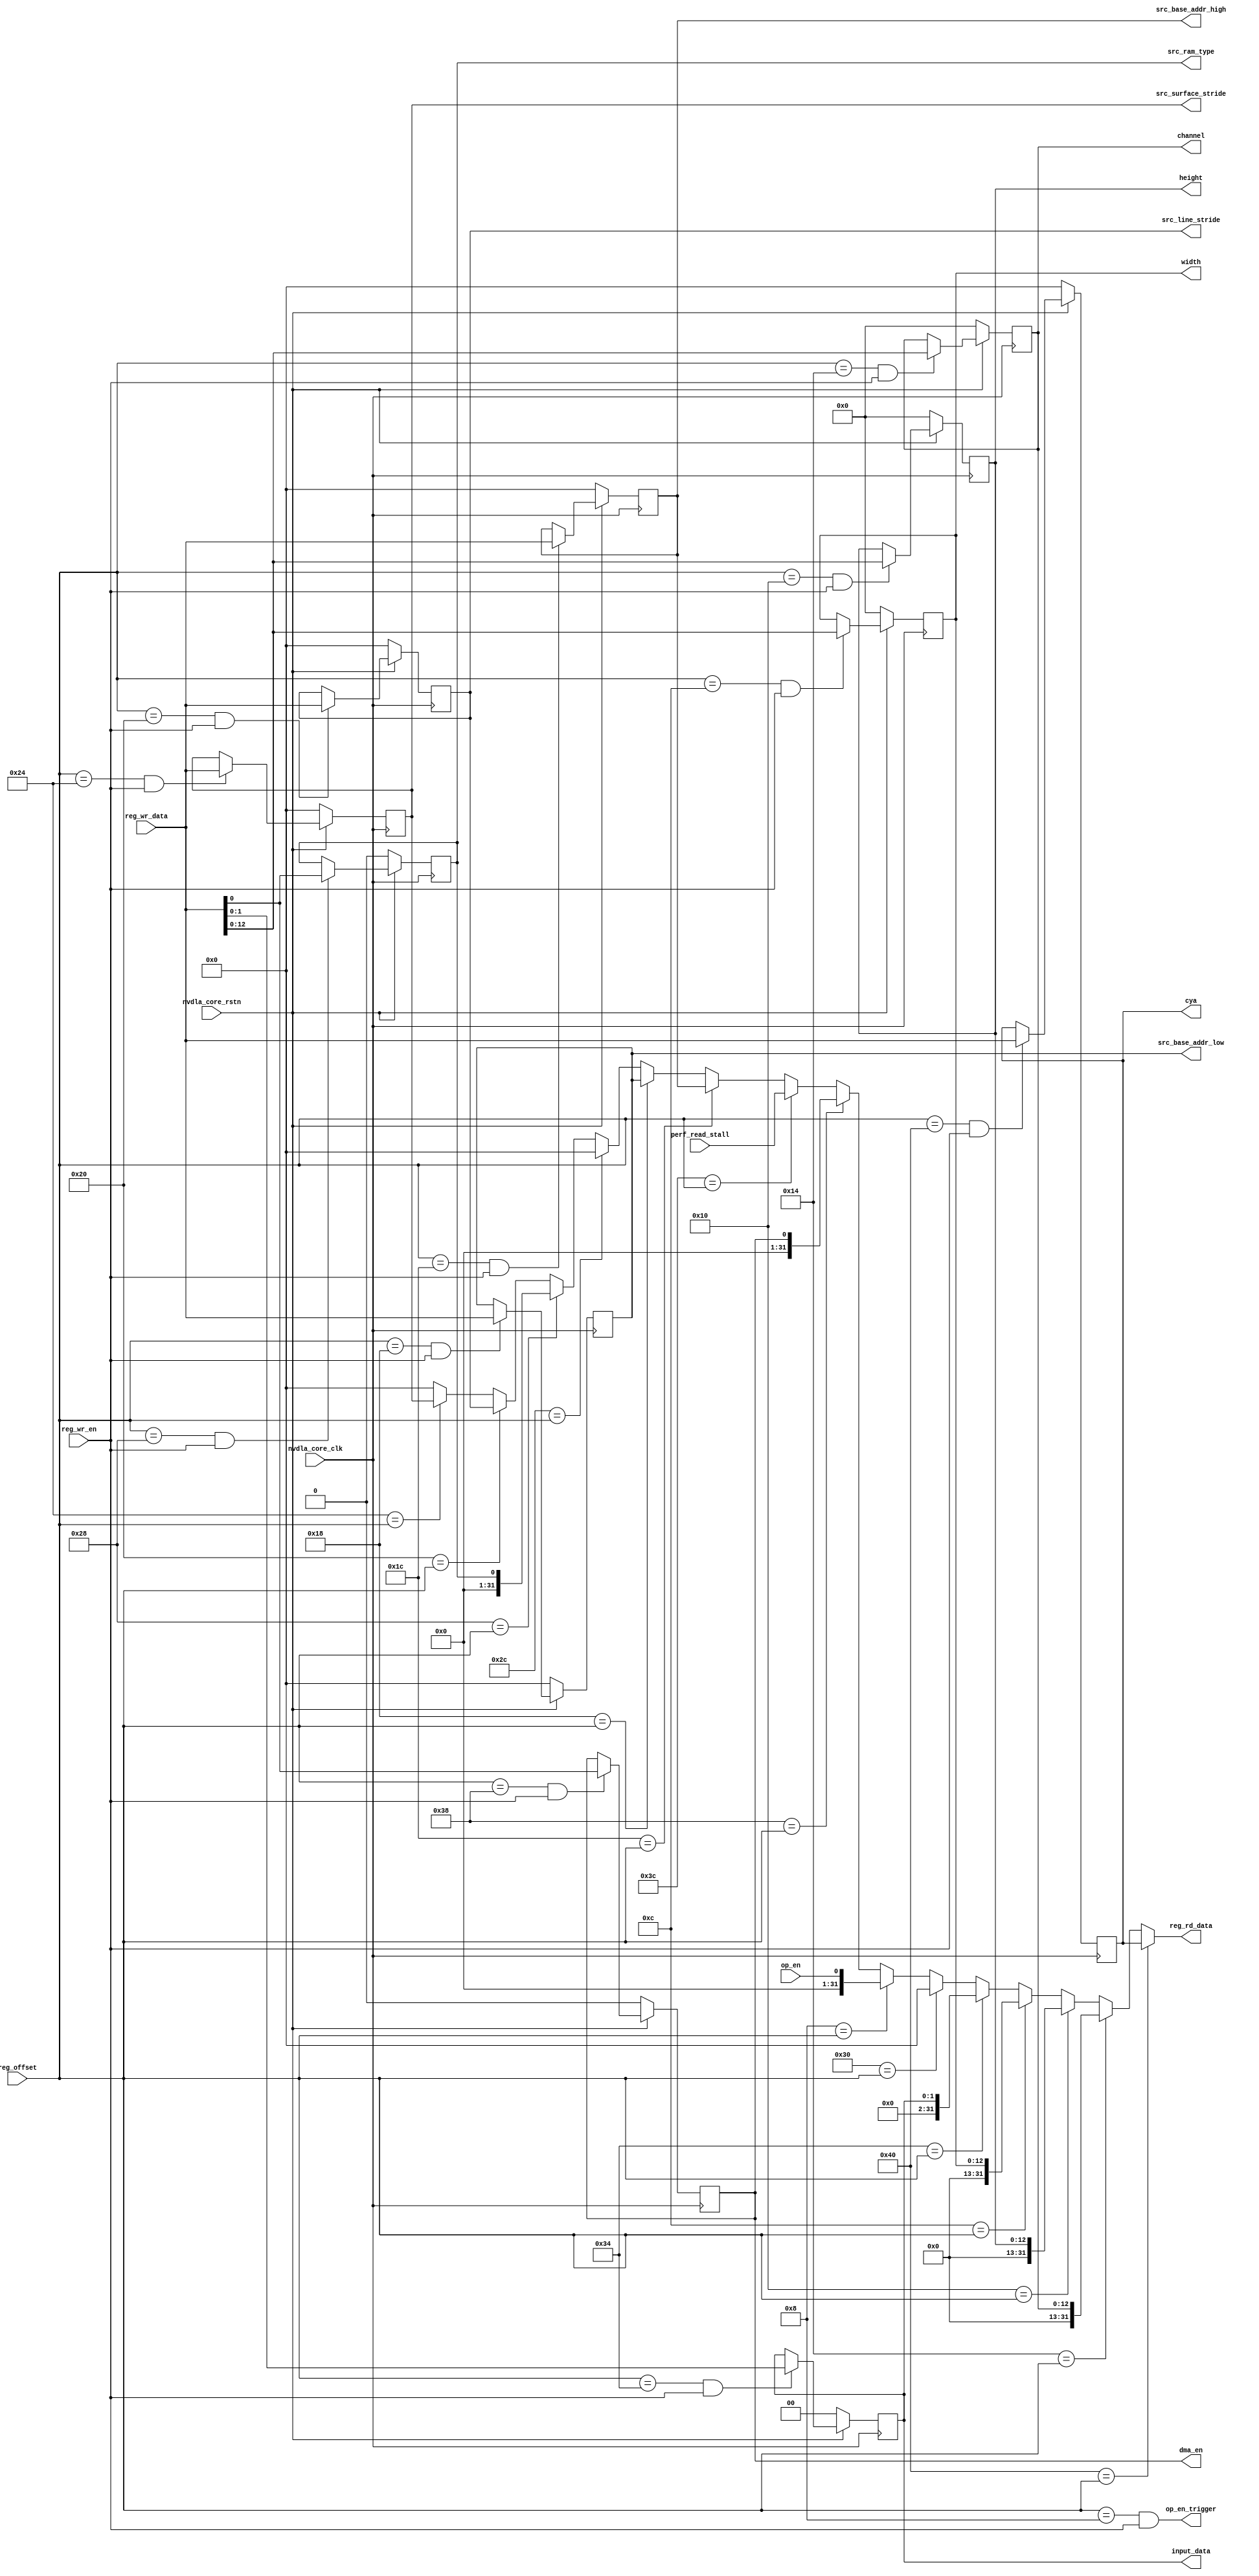
module NV_soDLA_CDP_RDMA_REG_dual( // @[:@3.2]
  input         nvdla_core_clk, // @[:@6.4]
  input         nvdla_core_rstn,
  output [31:0] reg_rd_data, // @[:@6.4]
  input  [11:0] reg_offset, // @[:@6.4]
  input  [31:0] reg_wr_data, // @[:@6.4]
  input         reg_wr_en, // @[:@6.4]
  output [31:0] cya, // @[:@6.4]
  output [12:0] channel, // @[:@6.4]
  output [12:0] height, // @[:@6.4]
  output [12:0] width, // @[:@6.4]
  output [1:0]  input_data, // @[:@6.4]
  output        dma_en, // @[:@6.4]
  output [31:0] src_base_addr_high, // @[:@6.4]
  output [31:0] src_base_addr_low, // @[:@6.4]
  output        src_ram_type, // @[:@6.4]
  output [31:0] src_line_stride, // @[:@6.4]
  output [31:0] src_surface_stride, // @[:@6.4]
  output        op_en_trigger, // @[:@6.4]
  input         op_en, // @[:@6.4]
  input  [31:0] perf_read_stall // @[:@6.4]
);
  wire [31:0] _GEN_11; // @[NV_NVDLA_CDP_RDMA_REG_dual.scala 49:54:@8.4]
  wire  _T_44; // @[NV_NVDLA_CDP_RDMA_REG_dual.scala 49:54:@8.4]
  wire  nvdla_cdp_rdma_d_cya_0_wren; // @[NV_NVDLA_CDP_RDMA_REG_dual.scala 49:78:@9.4]
  wire  _T_46; // @[NV_NVDLA_CDP_RDMA_REG_dual.scala 50:68:@10.4]
  wire  nvdla_cdp_rdma_d_data_cube_channel_0_wren; // @[NV_NVDLA_CDP_RDMA_REG_dual.scala 50:92:@11.4]
  wire  _T_48; // @[NV_NVDLA_CDP_RDMA_REG_dual.scala 51:67:@12.4]
  wire  nvdla_cdp_rdma_d_data_cube_height_0_wren; // @[NV_NVDLA_CDP_RDMA_REG_dual.scala 51:91:@13.4]
  wire  _T_50; // @[NV_NVDLA_CDP_RDMA_REG_dual.scala 52:66:@14.4]
  wire  nvdla_cdp_rdma_d_data_cube_width_0_wren; // @[NV_NVDLA_CDP_RDMA_REG_dual.scala 52:90:@15.4]
  wire  _T_52; // @[NV_NVDLA_CDP_RDMA_REG_dual.scala 53:62:@16.4]
  wire  nvdla_cdp_rdma_d_data_format_0_wren; // @[NV_NVDLA_CDP_RDMA_REG_dual.scala 53:86:@17.4]
  wire  _T_56; // @[NV_NVDLA_CDP_RDMA_REG_dual.scala 55:60:@20.4]
  wire  _T_58; // @[NV_NVDLA_CDP_RDMA_REG_dual.scala 56:62:@22.4]
  wire  nvdla_cdp_rdma_d_perf_enable_0_wren; // @[NV_NVDLA_CDP_RDMA_REG_dual.scala 56:86:@23.4]
  wire  _T_62; // @[NV_NVDLA_CDP_RDMA_REG_dual.scala 58:69:@26.4]
  wire  nvdla_cdp_rdma_d_src_base_addr_high_0_wren; // @[NV_NVDLA_CDP_RDMA_REG_dual.scala 58:93:@27.4]
  wire  _T_64; // @[NV_NVDLA_CDP_RDMA_REG_dual.scala 59:68:@28.4]
  wire  nvdla_cdp_rdma_d_src_base_addr_low_0_wren; // @[NV_NVDLA_CDP_RDMA_REG_dual.scala 59:92:@29.4]
  wire  _T_68; // @[NV_NVDLA_CDP_RDMA_REG_dual.scala 61:62:@32.4]
  wire  nvdla_cdp_rdma_d_src_dma_cfg_0_wren; // @[NV_NVDLA_CDP_RDMA_REG_dual.scala 61:86:@33.4]
  wire  _T_70; // @[NV_NVDLA_CDP_RDMA_REG_dual.scala 62:66:@34.4]
  wire  nvdla_cdp_rdma_d_src_line_stride_0_wren; // @[NV_NVDLA_CDP_RDMA_REG_dual.scala 62:90:@35.4]
  wire  _T_72; // @[NV_NVDLA_CDP_RDMA_REG_dual.scala 63:69:@36.4]
  wire  nvdla_cdp_rdma_d_src_surface_stride_0_wren; // @[NV_NVDLA_CDP_RDMA_REG_dual.scala 63:93:@37.4]
  wire [31:0] _T_77; // @[Cat.scala 30:58:@39.4]
  wire [31:0] _T_80; // @[Cat.scala 30:58:@40.4]
  wire [31:0] _T_83; // @[Cat.scala 30:58:@41.4]
  wire [31:0] _T_86; // @[Cat.scala 30:58:@42.4]
  wire [31:0] _T_92; // @[Cat.scala 30:58:@44.4]
  wire [31:0] _T_95; // @[Cat.scala 30:58:@45.4]
  wire [31:0] _T_104; // @[Cat.scala 30:58:@47.4]
  wire  _T_107; // @[Mux.scala 46:19:@48.4]
  wire [31:0] _T_108; // @[Mux.scala 46:16:@49.4]
  wire  _T_109; // @[Mux.scala 46:19:@50.4]
  wire [31:0] _T_110; // @[Mux.scala 46:16:@51.4]
  wire  _T_111; // @[Mux.scala 46:19:@52.4]
  wire [31:0] _T_112; // @[Mux.scala 46:16:@53.4]
  wire  _T_113; // @[Mux.scala 46:19:@54.4]
  wire [31:0] _T_114; // @[Mux.scala 46:16:@55.4]
  wire  _T_115; // @[Mux.scala 46:19:@56.4]
  wire [31:0] _T_116; // @[Mux.scala 46:16:@57.4]
  wire  _T_117; // @[Mux.scala 46:19:@58.4]
  wire [31:0] _T_118; // @[Mux.scala 46:16:@59.4]
  wire  _T_119; // @[Mux.scala 46:19:@60.4]
  wire [31:0] _T_120; // @[Mux.scala 46:16:@61.4]
  wire  _T_121; // @[Mux.scala 46:19:@62.4]
  wire [31:0] _T_122; // @[Mux.scala 46:16:@63.4]
  wire  _T_123; // @[Mux.scala 46:19:@64.4]
  wire [31:0] _T_124; // @[Mux.scala 46:16:@65.4]
  wire  _T_125; // @[Mux.scala 46:19:@66.4]
  wire [31:0] _T_126; // @[Mux.scala 46:16:@67.4]
  wire  _T_127; // @[Mux.scala 46:19:@68.4]
  wire [31:0] _T_128; // @[Mux.scala 46:16:@69.4]
  wire  _T_129; // @[Mux.scala 46:19:@70.4]
  wire [31:0] _T_130; // @[Mux.scala 46:16:@71.4]
  wire  _T_131; // @[Mux.scala 46:19:@72.4]
  wire [31:0] _T_132; // @[Mux.scala 46:16:@73.4]
  wire  _T_133; // @[Mux.scala 46:19:@74.4]
  wire [31:0] _T_134; // @[Mux.scala 46:16:@75.4]
  wire  _T_135; // @[Mux.scala 46:19:@76.4]
  reg [31:0] _T_140; // @[Reg.scala 19:20:@80.4]
  reg [31:0] _RAND_0;
  wire [31:0] _GEN_0; // @[Reg.scala 20:19:@81.4]
  wire [12:0] _T_141; // @[NV_NVDLA_CDP_RDMA_REG_dual.scala 111:49:@85.4]
  reg [12:0] _T_144; // @[Reg.scala 19:20:@86.4]
  reg [31:0] _RAND_1;
  wire [12:0] _GEN_1; // @[Reg.scala 20:19:@87.4]
  reg [12:0] _T_148; // @[Reg.scala 19:20:@92.4]
  reg [31:0] _RAND_2;
  wire [12:0] _GEN_2; // @[Reg.scala 20:19:@93.4]
  reg [12:0] _T_152; // @[Reg.scala 19:20:@98.4]
  reg [31:0] _RAND_3;
  wire [12:0] _GEN_3; // @[Reg.scala 20:19:@99.4]
  wire [1:0] _T_153; // @[NV_NVDLA_CDP_RDMA_REG_dual.scala 117:52:@103.4]
  reg [1:0] _T_156; // @[Reg.scala 19:20:@104.4]
  reg [31:0] _RAND_4;
  wire [1:0] _GEN_4; // @[Reg.scala 20:19:@105.4]
  wire  _T_157; // @[NV_NVDLA_CDP_RDMA_REG_dual.scala 119:48:@109.4]
  reg  _T_160; // @[Reg.scala 19:20:@110.4]
  reg [31:0] _RAND_5;
  wire  _GEN_5; // @[Reg.scala 20:19:@111.4]
  reg [31:0] _T_164; // @[Reg.scala 19:20:@116.4]
  reg [31:0] _RAND_6;
  wire [31:0] _GEN_6; // @[Reg.scala 20:19:@117.4]
  reg [31:0] _T_168; // @[Reg.scala 19:20:@122.4]
  reg [31:0] _RAND_7;
  wire [31:0] _GEN_7; // @[Reg.scala 20:19:@123.4]
  reg  _T_172; // @[Reg.scala 19:20:@128.4]
  reg [31:0] _RAND_8;
  wire  _GEN_8; // @[Reg.scala 20:19:@129.4]
  reg [31:0] _T_176; // @[Reg.scala 19:20:@134.4]
  reg [31:0] _RAND_9;
  wire [31:0] _GEN_9; // @[Reg.scala 20:19:@135.4]
  reg [31:0] _T_180; // @[Reg.scala 19:20:@140.4]
  reg [31:0] _RAND_10;
  wire [31:0] _GEN_10; // @[Reg.scala 20:19:@141.4]
  assign _GEN_11 = {{20'd0}, reg_offset}; // @[NV_NVDLA_CDP_RDMA_REG_dual.scala 49:54:@8.4]
  assign _T_44 = _GEN_11 == 32'h40; // @[NV_NVDLA_CDP_RDMA_REG_dual.scala 49:54:@8.4]
  assign nvdla_cdp_rdma_d_cya_0_wren = _T_44 & reg_wr_en; // @[NV_NVDLA_CDP_RDMA_REG_dual.scala 49:78:@9.4]
  assign _T_46 = _GEN_11 == 32'h14; // @[NV_NVDLA_CDP_RDMA_REG_dual.scala 50:68:@10.4]
  assign nvdla_cdp_rdma_d_data_cube_channel_0_wren = _T_46 & reg_wr_en; // @[NV_NVDLA_CDP_RDMA_REG_dual.scala 50:92:@11.4]
  assign _T_48 = _GEN_11 == 32'h10; // @[NV_NVDLA_CDP_RDMA_REG_dual.scala 51:67:@12.4]
  assign nvdla_cdp_rdma_d_data_cube_height_0_wren = _T_48 & reg_wr_en; // @[NV_NVDLA_CDP_RDMA_REG_dual.scala 51:91:@13.4]
  assign _T_50 = _GEN_11 == 32'hc; // @[NV_NVDLA_CDP_RDMA_REG_dual.scala 52:66:@14.4]
  assign nvdla_cdp_rdma_d_data_cube_width_0_wren = _T_50 & reg_wr_en; // @[NV_NVDLA_CDP_RDMA_REG_dual.scala 52:90:@15.4]
  assign _T_52 = _GEN_11 == 32'h34; // @[NV_NVDLA_CDP_RDMA_REG_dual.scala 53:62:@16.4]
  assign nvdla_cdp_rdma_d_data_format_0_wren = _T_52 & reg_wr_en; // @[NV_NVDLA_CDP_RDMA_REG_dual.scala 53:86:@17.4]
  assign _T_56 = _GEN_11 == 32'h8; // @[NV_NVDLA_CDP_RDMA_REG_dual.scala 55:60:@20.4]
  assign _T_58 = _GEN_11 == 32'h38; // @[NV_NVDLA_CDP_RDMA_REG_dual.scala 56:62:@22.4]
  assign nvdla_cdp_rdma_d_perf_enable_0_wren = _T_58 & reg_wr_en; // @[NV_NVDLA_CDP_RDMA_REG_dual.scala 56:86:@23.4]
  assign _T_62 = _GEN_11 == 32'h1c; // @[NV_NVDLA_CDP_RDMA_REG_dual.scala 58:69:@26.4]
  assign nvdla_cdp_rdma_d_src_base_addr_high_0_wren = _T_62 & reg_wr_en; // @[NV_NVDLA_CDP_RDMA_REG_dual.scala 58:93:@27.4]
  assign _T_64 = _GEN_11 == 32'h18; // @[NV_NVDLA_CDP_RDMA_REG_dual.scala 59:68:@28.4]
  assign nvdla_cdp_rdma_d_src_base_addr_low_0_wren = _T_64 & reg_wr_en; // @[NV_NVDLA_CDP_RDMA_REG_dual.scala 59:92:@29.4]
  assign _T_68 = _GEN_11 == 32'h28; // @[NV_NVDLA_CDP_RDMA_REG_dual.scala 61:62:@32.4]
  assign nvdla_cdp_rdma_d_src_dma_cfg_0_wren = _T_68 & reg_wr_en; // @[NV_NVDLA_CDP_RDMA_REG_dual.scala 61:86:@33.4]
  assign _T_70 = _GEN_11 == 32'h20; // @[NV_NVDLA_CDP_RDMA_REG_dual.scala 62:66:@34.4]
  assign nvdla_cdp_rdma_d_src_line_stride_0_wren = _T_70 & reg_wr_en; // @[NV_NVDLA_CDP_RDMA_REG_dual.scala 62:90:@35.4]
  assign _T_72 = _GEN_11 == 32'h24; // @[NV_NVDLA_CDP_RDMA_REG_dual.scala 63:69:@36.4]
  assign nvdla_cdp_rdma_d_src_surface_stride_0_wren = _T_72 & reg_wr_en; // @[NV_NVDLA_CDP_RDMA_REG_dual.scala 63:93:@37.4]
  assign _T_77 = {19'h0,channel}; // @[Cat.scala 30:58:@39.4]
  assign _T_80 = {19'h0,height}; // @[Cat.scala 30:58:@40.4]
  assign _T_83 = {19'h0,width}; // @[Cat.scala 30:58:@41.4]
  assign _T_86 = {30'h0,input_data}; // @[Cat.scala 30:58:@42.4]
  assign _T_92 = {31'h0,op_en}; // @[Cat.scala 30:58:@44.4]
  assign _T_95 = {31'h0,dma_en}; // @[Cat.scala 30:58:@45.4]
  assign _T_104 = {31'h0,src_ram_type}; // @[Cat.scala 30:58:@47.4]
  assign _T_107 = 32'h24 == _GEN_11; // @[Mux.scala 46:19:@48.4]
  assign _T_108 = _T_107 ? src_surface_stride : 32'h0; // @[Mux.scala 46:16:@49.4]
  assign _T_109 = 32'h20 == _GEN_11; // @[Mux.scala 46:19:@50.4]
  assign _T_110 = _T_109 ? src_line_stride : _T_108; // @[Mux.scala 46:16:@51.4]
  assign _T_111 = 32'h28 == _GEN_11; // @[Mux.scala 46:19:@52.4]
  assign _T_112 = _T_111 ? _T_104 : _T_110; // @[Mux.scala 46:16:@53.4]
  assign _T_113 = 32'h2c == _GEN_11; // @[Mux.scala 46:19:@54.4]
  assign _T_114 = _T_113 ? 32'h0 : _T_112; // @[Mux.scala 46:16:@55.4]
  assign _T_115 = 32'h18 == _GEN_11; // @[Mux.scala 46:19:@56.4]
  assign _T_116 = _T_115 ? src_base_addr_low : _T_114; // @[Mux.scala 46:16:@57.4]
  assign _T_117 = 32'h1c == _GEN_11; // @[Mux.scala 46:19:@58.4]
  assign _T_118 = _T_117 ? src_base_addr_high : _T_116; // @[Mux.scala 46:16:@59.4]
  assign _T_119 = 32'h3c == _GEN_11; // @[Mux.scala 46:19:@60.4]
  assign _T_120 = _T_119 ? perf_read_stall : _T_118; // @[Mux.scala 46:16:@61.4]
  assign _T_121 = 32'h38 == _GEN_11; // @[Mux.scala 46:19:@62.4]
  assign _T_122 = _T_121 ? _T_95 : _T_120; // @[Mux.scala 46:16:@63.4]
  assign _T_123 = 32'h8 == _GEN_11; // @[Mux.scala 46:19:@64.4]
  assign _T_124 = _T_123 ? _T_92 : _T_122; // @[Mux.scala 46:16:@65.4]
  assign _T_125 = 32'h30 == _GEN_11; // @[Mux.scala 46:19:@66.4]
  assign _T_126 = _T_125 ? 32'h0 : _T_124; // @[Mux.scala 46:16:@67.4]
  assign _T_127 = 32'h34 == _GEN_11; // @[Mux.scala 46:19:@68.4]
  assign _T_128 = _T_127 ? _T_86 : _T_126; // @[Mux.scala 46:16:@69.4]
  assign _T_129 = 32'hc == _GEN_11; // @[Mux.scala 46:19:@70.4]
  assign _T_130 = _T_129 ? _T_83 : _T_128; // @[Mux.scala 46:16:@71.4]
  assign _T_131 = 32'h10 == _GEN_11; // @[Mux.scala 46:19:@72.4]
  assign _T_132 = _T_131 ? _T_80 : _T_130; // @[Mux.scala 46:16:@73.4]
  assign _T_133 = 32'h14 == _GEN_11; // @[Mux.scala 46:19:@74.4]
  assign _T_134 = _T_133 ? _T_77 : _T_132; // @[Mux.scala 46:16:@75.4]
  assign _T_135 = 32'h40 == _GEN_11; // @[Mux.scala 46:19:@76.4]
  assign _GEN_0 = nvdla_cdp_rdma_d_cya_0_wren ? reg_wr_data : _T_140; // @[Reg.scala 20:19:@81.4]
  assign _T_141 = reg_wr_data[12:0]; // @[NV_NVDLA_CDP_RDMA_REG_dual.scala 111:49:@85.4]
  assign _GEN_1 = nvdla_cdp_rdma_d_data_cube_channel_0_wren ? _T_141 : _T_144; // @[Reg.scala 20:19:@87.4]
  assign _GEN_2 = nvdla_cdp_rdma_d_data_cube_height_0_wren ? _T_141 : _T_148; // @[Reg.scala 20:19:@93.4]
  assign _GEN_3 = nvdla_cdp_rdma_d_data_cube_width_0_wren ? _T_141 : _T_152; // @[Reg.scala 20:19:@99.4]
  assign _T_153 = reg_wr_data[1:0]; // @[NV_NVDLA_CDP_RDMA_REG_dual.scala 117:52:@103.4]
  assign _GEN_4 = nvdla_cdp_rdma_d_data_format_0_wren ? _T_153 : _T_156; // @[Reg.scala 20:19:@105.4]
  assign _T_157 = reg_wr_data[0]; // @[NV_NVDLA_CDP_RDMA_REG_dual.scala 119:48:@109.4]
  assign _GEN_5 = nvdla_cdp_rdma_d_perf_enable_0_wren ? _T_157 : _T_160; // @[Reg.scala 20:19:@111.4]
  assign _GEN_6 = nvdla_cdp_rdma_d_src_base_addr_high_0_wren ? reg_wr_data : _T_164; // @[Reg.scala 20:19:@117.4]
  assign _GEN_7 = nvdla_cdp_rdma_d_src_base_addr_low_0_wren ? reg_wr_data : _T_168; // @[Reg.scala 20:19:@123.4]
  assign _GEN_8 = nvdla_cdp_rdma_d_src_dma_cfg_0_wren ? _T_157 : _T_172; // @[Reg.scala 20:19:@129.4]
  assign _GEN_9 = nvdla_cdp_rdma_d_src_line_stride_0_wren ? reg_wr_data : _T_176; // @[Reg.scala 20:19:@135.4]
  assign _GEN_10 = nvdla_cdp_rdma_d_src_surface_stride_0_wren ? reg_wr_data : _T_180; // @[Reg.scala 20:19:@141.4]
  assign reg_rd_data = _T_135 ? cya : _T_134; // @[NV_NVDLA_CDP_RDMA_REG_dual.scala 72:20:@78.4]
  assign cya = _T_140; // @[NV_NVDLA_CDP_RDMA_REG_dual.scala 109:18:@84.4]
  assign channel = _T_144; // @[NV_NVDLA_CDP_RDMA_REG_dual.scala 111:22:@90.4]
  assign height = _T_148; // @[NV_NVDLA_CDP_RDMA_REG_dual.scala 113:21:@96.4]
  assign width = _T_152; // @[NV_NVDLA_CDP_RDMA_REG_dual.scala 115:24:@102.4]
  assign input_data = _T_156; // @[NV_NVDLA_CDP_RDMA_REG_dual.scala 117:25:@108.4]
  assign dma_en = _T_160; // @[NV_NVDLA_CDP_RDMA_REG_dual.scala 119:21:@114.4]
  assign src_base_addr_high = _T_164; // @[NV_NVDLA_CDP_RDMA_REG_dual.scala 121:33:@120.4]
  assign src_base_addr_low = _T_168; // @[NV_NVDLA_CDP_RDMA_REG_dual.scala 123:32:@126.4]
  assign src_ram_type = _T_172; // @[NV_NVDLA_CDP_RDMA_REG_dual.scala 125:27:@132.4]
  assign src_line_stride = _T_176; // @[NV_NVDLA_CDP_RDMA_REG_dual.scala 127:30:@138.4]
  assign src_surface_stride = _T_180; // @[NV_NVDLA_CDP_RDMA_REG_dual.scala 129:33:@144.4]
  assign op_en_trigger = _T_56 & reg_wr_en; // @[NV_NVDLA_CDP_RDMA_REG_dual.scala 68:22:@38.4]
`ifdef RANDOMIZE_GARBAGE_ASSIGN
`define RANDOMIZE
`endif
`ifdef RANDOMIZE_INVALID_ASSIGN
`define RANDOMIZE
`endif
`ifdef RANDOMIZE_REG_INIT
`define RANDOMIZE
`endif
`ifdef RANDOMIZE_MEM_INIT
`define RANDOMIZE
`endif
`ifndef RANDOM
`define RANDOM $random
`endif
`ifdef RANDOMIZE
  integer initvar;
  initial begin
    `ifdef INIT_RANDOM
      `INIT_RANDOM
    `endif
    `ifndef VERILATOR
      #0.002 begin end
    `endif
  `ifdef RANDOMIZE_REG_INIT
  _RAND_0 = {1{`RANDOM}};
  _T_140 = _RAND_0[31:0];
  `endif // RANDOMIZE_REG_INIT
  `ifdef RANDOMIZE_REG_INIT
  _RAND_1 = {1{`RANDOM}};
  _T_144 = _RAND_1[12:0];
  `endif // RANDOMIZE_REG_INIT
  `ifdef RANDOMIZE_REG_INIT
  _RAND_2 = {1{`RANDOM}};
  _T_148 = _RAND_2[12:0];
  `endif // RANDOMIZE_REG_INIT
  `ifdef RANDOMIZE_REG_INIT
  _RAND_3 = {1{`RANDOM}};
  _T_152 = _RAND_3[12:0];
  `endif // RANDOMIZE_REG_INIT
  `ifdef RANDOMIZE_REG_INIT
  _RAND_4 = {1{`RANDOM}};
  _T_156 = _RAND_4[1:0];
  `endif // RANDOMIZE_REG_INIT
  `ifdef RANDOMIZE_REG_INIT
  _RAND_5 = {1{`RANDOM}};
  _T_160 = _RAND_5[0:0];
  `endif // RANDOMIZE_REG_INIT
  `ifdef RANDOMIZE_REG_INIT
  _RAND_6 = {1{`RANDOM}};
  _T_164 = _RAND_6[31:0];
  `endif // RANDOMIZE_REG_INIT
  `ifdef RANDOMIZE_REG_INIT
  _RAND_7 = {1{`RANDOM}};
  _T_168 = _RAND_7[31:0];
  `endif // RANDOMIZE_REG_INIT
  `ifdef RANDOMIZE_REG_INIT
  _RAND_8 = {1{`RANDOM}};
  _T_172 = _RAND_8[0:0];
  `endif // RANDOMIZE_REG_INIT
  `ifdef RANDOMIZE_REG_INIT
  _RAND_9 = {1{`RANDOM}};
  _T_176 = _RAND_9[31:0];
  `endif // RANDOMIZE_REG_INIT
  `ifdef RANDOMIZE_REG_INIT
  _RAND_10 = {1{`RANDOM}};
  _T_180 = _RAND_10[31:0];
  `endif // RANDOMIZE_REG_INIT
  end
`endif // RANDOMIZE
  always @(posedge nvdla_core_clk) begin
    if (!nvdla_core_rstn) begin
      _T_140 <= 32'h0;
    end else begin
      if (nvdla_cdp_rdma_d_cya_0_wren) begin
        _T_140 <= reg_wr_data;
      end
    end
    if (!nvdla_core_rstn) begin
      _T_144 <= 13'h0;
    end else begin
      if (nvdla_cdp_rdma_d_data_cube_channel_0_wren) begin
        _T_144 <= _T_141;
      end
    end
    if (!nvdla_core_rstn) begin
      _T_148 <= 13'h0;
    end else begin
      if (nvdla_cdp_rdma_d_data_cube_height_0_wren) begin
        _T_148 <= _T_141;
      end
    end
    if (!nvdla_core_rstn) begin
      _T_152 <= 13'h0;
    end else begin
      if (nvdla_cdp_rdma_d_data_cube_width_0_wren) begin
        _T_152 <= _T_141;
      end
    end
    if (!nvdla_core_rstn) begin
      _T_156 <= 2'h0;
    end else begin
      if (nvdla_cdp_rdma_d_data_format_0_wren) begin
        _T_156 <= _T_153;
      end
    end
    if (!nvdla_core_rstn) begin
      _T_160 <= 1'h0;
    end else begin
      if (nvdla_cdp_rdma_d_perf_enable_0_wren) begin
        _T_160 <= _T_157;
      end
    end
    if (!nvdla_core_rstn) begin
      _T_164 <= 32'h0;
    end else begin
      if (nvdla_cdp_rdma_d_src_base_addr_high_0_wren) begin
        _T_164 <= reg_wr_data;
      end
    end
    if (!nvdla_core_rstn) begin
      _T_168 <= 32'h0;
    end else begin
      if (nvdla_cdp_rdma_d_src_base_addr_low_0_wren) begin
        _T_168 <= reg_wr_data;
      end
    end
    if (!nvdla_core_rstn) begin
      _T_172 <= 1'h0;
    end else begin
      if (nvdla_cdp_rdma_d_src_dma_cfg_0_wren) begin
        _T_172 <= _T_157;
      end
    end
    if (!nvdla_core_rstn) begin
      _T_176 <= 32'h0;
    end else begin
      if (nvdla_cdp_rdma_d_src_line_stride_0_wren) begin
        _T_176 <= reg_wr_data;
      end
    end
    if (!nvdla_core_rstn) begin
      _T_180 <= 32'h0;
    end else begin
      if (nvdla_cdp_rdma_d_src_surface_stride_0_wren) begin
        _T_180 <= reg_wr_data;
      end
    end
  end
endmodule

// ================================================================
// NVDLA Open Source Project
//
// Copyright(c) 2016 - 2017 NVIDIA Corporation. Licensed under the
// NVDLA Open Hardware License; Check "LICENSE" which comes with
// this distribution for more information.
// ================================================================
module NV_NVDLA_CDP_RDMA_REG_dual (
   reg_rd_data
  ,reg_offset
// verilint 498 off
// leda UNUSED_DEC off
  ,reg_wr_data
// verilint 498 on
// leda UNUSED_DEC on
  ,reg_wr_en
  ,nvdla_core_clk
  ,nvdla_core_rstn
  ,cya
  ,channel
  ,height
  ,width
  ,input_data
  ,op_en_trigger
  ,dma_en
  ,src_base_addr_high
  ,src_base_addr_low
  ,src_ram_type
  ,src_line_stride
  ,src_surface_stride
  ,op_en
  ,perf_read_stall
  );
wire [31:0] nvdla_cdp_rdma_d_cya_0_out;
wire [31:0] nvdla_cdp_rdma_d_data_cube_channel_0_out;
wire [31:0] nvdla_cdp_rdma_d_data_cube_height_0_out;
wire [31:0] nvdla_cdp_rdma_d_data_cube_width_0_out;
wire [31:0] nvdla_cdp_rdma_d_data_format_0_out;
wire [31:0] nvdla_cdp_rdma_d_op_enable_0_out;
wire [31:0] nvdla_cdp_rdma_d_operation_mode_0_out;
wire [31:0] nvdla_cdp_rdma_d_perf_enable_0_out;
wire [31:0] nvdla_cdp_rdma_d_perf_read_stall_0_out;
wire [31:0] nvdla_cdp_rdma_d_src_base_addr_high_0_out;
wire [31:0] nvdla_cdp_rdma_d_src_base_addr_low_0_out;
wire [31:0] nvdla_cdp_rdma_d_src_compression_en_0_out;
wire [31:0] nvdla_cdp_rdma_d_src_dma_cfg_0_out;
wire [31:0] nvdla_cdp_rdma_d_src_line_stride_0_out;
wire [31:0] nvdla_cdp_rdma_d_src_surface_stride_0_out;
wire [1:0] operation_mode;
wire [11:0] reg_offset_rd_int;
wire [31:0] reg_offset_wr;
wire src_compression_en;
// Register control interface
output [31:0] reg_rd_data;
input [11:0] reg_offset;
input [31:0] reg_wr_data; //(UNUSED_DEC)
input reg_wr_en;
input nvdla_core_clk;
input nvdla_core_rstn;
// Writable register flop/trigger outputs
output [31:0] cya;
output [12:0] channel;
output [12:0] height;
output [12:0] width;
output [1:0] input_data;
output op_en_trigger;
output dma_en;
output [31:0] src_base_addr_high;
output [31:0] src_base_addr_low;
output src_ram_type;
output [31:0] src_line_stride;
output [31:0] src_surface_stride;
// Read-only register inputs
input op_en;
input [31:0] perf_read_stall;
// wr_mask register inputs
// rstn register inputs
// leda FM_2_23 off
reg arreggen_abort_on_invalid_wr;
reg arreggen_abort_on_rowr;
reg arreggen_dump;
// leda FM_2_23 on
reg [12:0] channel;
reg [31:0] cya;
reg dma_en;
reg [12:0] height;
reg [1:0] input_data;
reg [31:0] reg_rd_data;
reg [31:0] src_base_addr_high;
reg [31:0] src_base_addr_low;
reg [31:0] src_line_stride;
reg src_ram_type;
reg [31:0] src_surface_stride;
reg [12:0] width;
assign reg_offset_wr = {20'b0 , reg_offset};
// SCR signals
// Address decode
wire nvdla_cdp_rdma_d_cya_0_wren = (reg_offset_wr == (32'he040 & 32'h00000fff)) & reg_wr_en ; //spyglass disable UnloadedNet-ML //(W528)
wire nvdla_cdp_rdma_d_data_cube_channel_0_wren = (reg_offset_wr == (32'he014 & 32'h00000fff)) & reg_wr_en ; //spyglass disable UnloadedNet-ML //(W528)
wire nvdla_cdp_rdma_d_data_cube_height_0_wren = (reg_offset_wr == (32'he010 & 32'h00000fff)) & reg_wr_en ; //spyglass disable UnloadedNet-ML //(W528)
wire nvdla_cdp_rdma_d_data_cube_width_0_wren = (reg_offset_wr == (32'he00c & 32'h00000fff)) & reg_wr_en ; //spyglass disable UnloadedNet-ML //(W528)
wire nvdla_cdp_rdma_d_data_format_0_wren = (reg_offset_wr == (32'he034 & 32'h00000fff)) & reg_wr_en ; //spyglass disable UnloadedNet-ML //(W528)
wire nvdla_cdp_rdma_d_operation_mode_0_wren = (reg_offset_wr == (32'he030 & 32'h00000fff)) & reg_wr_en ; //spyglass disable UnloadedNet-ML //(W528)
wire nvdla_cdp_rdma_d_op_enable_0_wren = (reg_offset_wr == (32'he008 & 32'h00000fff)) & reg_wr_en ; //spyglass disable UnloadedNet-ML //(W528)
wire nvdla_cdp_rdma_d_perf_enable_0_wren = (reg_offset_wr == (32'he038 & 32'h00000fff)) & reg_wr_en ; //spyglass disable UnloadedNet-ML //(W528)
wire nvdla_cdp_rdma_d_perf_read_stall_0_wren = (reg_offset_wr == (32'he03c & 32'h00000fff)) & reg_wr_en ; //spyglass disable UnloadedNet-ML //(W528)
wire nvdla_cdp_rdma_d_src_base_addr_high_0_wren = (reg_offset_wr == (32'he01c & 32'h00000fff)) & reg_wr_en ; //spyglass disable UnloadedNet-ML //(W528)
wire nvdla_cdp_rdma_d_src_base_addr_low_0_wren = (reg_offset_wr == (32'he018 & 32'h00000fff)) & reg_wr_en ; //spyglass disable UnloadedNet-ML //(W528)
wire nvdla_cdp_rdma_d_src_compression_en_0_wren = (reg_offset_wr == (32'he02c & 32'h00000fff)) & reg_wr_en ; //spyglass disable UnloadedNet-ML //(W528)
wire nvdla_cdp_rdma_d_src_dma_cfg_0_wren = (reg_offset_wr == (32'he028 & 32'h00000fff)) & reg_wr_en ; //spyglass disable UnloadedNet-ML //(W528)
wire nvdla_cdp_rdma_d_src_line_stride_0_wren = (reg_offset_wr == (32'he020 & 32'h00000fff)) & reg_wr_en ; //spyglass disable UnloadedNet-ML //(W528)
wire nvdla_cdp_rdma_d_src_surface_stride_0_wren = (reg_offset_wr == (32'he024 & 32'h00000fff)) & reg_wr_en ; //spyglass disable UnloadedNet-ML //(W528)
assign operation_mode = 2'h0;
assign src_compression_en = 1'h0;
assign nvdla_cdp_rdma_d_cya_0_out[31:0] = { cya };
assign nvdla_cdp_rdma_d_data_cube_channel_0_out[31:0] = { 19'b0, channel };
assign nvdla_cdp_rdma_d_data_cube_height_0_out[31:0] = { 19'b0, height };
assign nvdla_cdp_rdma_d_data_cube_width_0_out[31:0] = { 19'b0, width };
assign nvdla_cdp_rdma_d_data_format_0_out[31:0] = { 30'b0, input_data };
assign nvdla_cdp_rdma_d_operation_mode_0_out[31:0] = { 30'b0, operation_mode };
assign nvdla_cdp_rdma_d_op_enable_0_out[31:0] = { 31'b0, op_en };
assign nvdla_cdp_rdma_d_perf_enable_0_out[31:0] = { 31'b0, dma_en };
assign nvdla_cdp_rdma_d_perf_read_stall_0_out[31:0] = { perf_read_stall };
assign nvdla_cdp_rdma_d_src_base_addr_high_0_out[31:0] = { src_base_addr_high };
assign nvdla_cdp_rdma_d_src_base_addr_low_0_out[31:0] = { src_base_addr_low };
assign nvdla_cdp_rdma_d_src_compression_en_0_out[31:0] = { 31'b0, src_compression_en };
assign nvdla_cdp_rdma_d_src_dma_cfg_0_out[31:0] = { 31'b0, src_ram_type };
assign nvdla_cdp_rdma_d_src_line_stride_0_out[31:0] = { src_line_stride };
assign nvdla_cdp_rdma_d_src_surface_stride_0_out[31:0] = { src_surface_stride };
assign op_en_trigger = nvdla_cdp_rdma_d_op_enable_0_wren; //(W563)
assign reg_offset_rd_int = reg_offset;
// Output mux
//spyglass disable_block W338, W263
always @(
  reg_offset_rd_int
  or nvdla_cdp_rdma_d_cya_0_out
  or nvdla_cdp_rdma_d_data_cube_channel_0_out
  or nvdla_cdp_rdma_d_data_cube_height_0_out
  or nvdla_cdp_rdma_d_data_cube_width_0_out
  or nvdla_cdp_rdma_d_data_format_0_out
  or nvdla_cdp_rdma_d_operation_mode_0_out
  or nvdla_cdp_rdma_d_op_enable_0_out
  or nvdla_cdp_rdma_d_perf_enable_0_out
  or nvdla_cdp_rdma_d_perf_read_stall_0_out
  or nvdla_cdp_rdma_d_src_base_addr_high_0_out
  or nvdla_cdp_rdma_d_src_base_addr_low_0_out
  or nvdla_cdp_rdma_d_src_compression_en_0_out
  or nvdla_cdp_rdma_d_src_dma_cfg_0_out
  or nvdla_cdp_rdma_d_src_line_stride_0_out
  or nvdla_cdp_rdma_d_src_surface_stride_0_out
  ) begin
  case (reg_offset_rd_int)
     (32'he040 & 32'h00000fff): begin
                            reg_rd_data = nvdla_cdp_rdma_d_cya_0_out ;
                            end
     (32'he014 & 32'h00000fff): begin
                            reg_rd_data = nvdla_cdp_rdma_d_data_cube_channel_0_out ;
                            end
     (32'he010 & 32'h00000fff): begin
                            reg_rd_data = nvdla_cdp_rdma_d_data_cube_height_0_out ;
                            end
     (32'he00c & 32'h00000fff): begin
                            reg_rd_data = nvdla_cdp_rdma_d_data_cube_width_0_out ;
                            end
     (32'he034 & 32'h00000fff): begin
                            reg_rd_data = nvdla_cdp_rdma_d_data_format_0_out ;
                            end
     (32'he030 & 32'h00000fff): begin
                            reg_rd_data = nvdla_cdp_rdma_d_operation_mode_0_out ;
                            end
     (32'he008 & 32'h00000fff): begin
                            reg_rd_data = nvdla_cdp_rdma_d_op_enable_0_out ;
                            end
     (32'he038 & 32'h00000fff): begin
                            reg_rd_data = nvdla_cdp_rdma_d_perf_enable_0_out ;
                            end
     (32'he03c & 32'h00000fff): begin
                            reg_rd_data = nvdla_cdp_rdma_d_perf_read_stall_0_out ;
                            end
     (32'he01c & 32'h00000fff): begin
                            reg_rd_data = nvdla_cdp_rdma_d_src_base_addr_high_0_out ;
                            end
     (32'he018 & 32'h00000fff): begin
                            reg_rd_data = nvdla_cdp_rdma_d_src_base_addr_low_0_out ;
                            end
     (32'he02c & 32'h00000fff): begin
                            reg_rd_data = nvdla_cdp_rdma_d_src_compression_en_0_out ;
                            end
     (32'he028 & 32'h00000fff): begin
                            reg_rd_data = nvdla_cdp_rdma_d_src_dma_cfg_0_out ;
                            end
     (32'he020 & 32'h00000fff): begin
                            reg_rd_data = nvdla_cdp_rdma_d_src_line_stride_0_out ;
                            end
     (32'he024 & 32'h00000fff): begin
                            reg_rd_data = nvdla_cdp_rdma_d_src_surface_stride_0_out ;
                            end
    default: reg_rd_data = {32{1'b0}};
  endcase
end
//spyglass enable_block W338, W263
// spyglass disable_block STARC-2.10.1.6, NoConstWithXZ, W443
// Register flop declarations
always @(posedge nvdla_core_clk) begin
  if (!nvdla_core_rstn) begin
    cya[31:0] <= 32'b00000000000000000000000000000000;
    channel[12:0] <= 13'b0000000000000;
    height[12:0] <= 13'b0000000000000;
    width[12:0] <= 13'b0000000000000;
    input_data[1:0] <= 2'b00;
    dma_en <= 1'b0;
    src_base_addr_high[31:0] <= 32'b00000000000000000000000000000000;
    src_base_addr_low[31:0] <= 32'b00000000000000000000000000000000;
    src_ram_type <= 1'b0;
    src_line_stride[31:0] <= 32'b00000000000000000000000000000000;
    src_surface_stride[31:0] <= 32'b00000000000000000000000000000000;
  end else begin
// Register: NVDLA_CDP_RDMA_D_CYA_0 Field: cya
  if (nvdla_cdp_rdma_d_cya_0_wren) begin
    cya[31:0] <= reg_wr_data[31:0];
  end
// Register: NVDLA_CDP_RDMA_D_DATA_CUBE_CHANNEL_0 Field: channel
  if (nvdla_cdp_rdma_d_data_cube_channel_0_wren) begin
    channel[12:0] <= reg_wr_data[12:0];
  end
// Register: NVDLA_CDP_RDMA_D_DATA_CUBE_HEIGHT_0 Field: height
  if (nvdla_cdp_rdma_d_data_cube_height_0_wren) begin
    height[12:0] <= reg_wr_data[12:0];
  end
// Register: NVDLA_CDP_RDMA_D_DATA_CUBE_WIDTH_0 Field: width
  if (nvdla_cdp_rdma_d_data_cube_width_0_wren) begin
    width[12:0] <= reg_wr_data[12:0];
  end
// Register: NVDLA_CDP_RDMA_D_DATA_FORMAT_0 Field: input_data
  if (nvdla_cdp_rdma_d_data_format_0_wren) begin
    input_data[1:0] <= reg_wr_data[1:0];
  end
// Not generating flops for constant field NVDLA_CDP_RDMA_D_OPERATION_MODE_0::operation_mode
// Not generating flops for field NVDLA_CDP_RDMA_D_OP_ENABLE_0::op_en (to be implemented outside)
// Register: NVDLA_CDP_RDMA_D_PERF_ENABLE_0 Field: dma_en
  if (nvdla_cdp_rdma_d_perf_enable_0_wren) begin
    dma_en <= reg_wr_data[0];
  end
// Not generating flops for read-only field NVDLA_CDP_RDMA_D_PERF_READ_STALL_0::perf_read_stall
// Register: NVDLA_CDP_RDMA_D_SRC_BASE_ADDR_HIGH_0 Field: src_base_addr_high
  if (nvdla_cdp_rdma_d_src_base_addr_high_0_wren) begin
    src_base_addr_high[31:0] <= reg_wr_data[31:0];
  end
// Register: NVDLA_CDP_RDMA_D_SRC_BASE_ADDR_LOW_0 Field: src_base_addr_low
  if (nvdla_cdp_rdma_d_src_base_addr_low_0_wren) begin
    src_base_addr_low[31:0] <= reg_wr_data[31:0];
  end
// Not generating flops for constant field NVDLA_CDP_RDMA_D_SRC_COMPRESSION_EN_0::src_compression_en
// Register: NVDLA_CDP_RDMA_D_SRC_DMA_CFG_0 Field: src_ram_type
  if (nvdla_cdp_rdma_d_src_dma_cfg_0_wren) begin
    src_ram_type <= reg_wr_data[0];
  end
// Register: NVDLA_CDP_RDMA_D_SRC_LINE_STRIDE_0 Field: src_line_stride
  if (nvdla_cdp_rdma_d_src_line_stride_0_wren) begin
    src_line_stride[31:0] <= reg_wr_data[31:0];
  end
// Register: NVDLA_CDP_RDMA_D_SRC_SURFACE_STRIDE_0 Field: src_surface_stride
  if (nvdla_cdp_rdma_d_src_surface_stride_0_wren) begin
    src_surface_stride[31:0] <= reg_wr_data[31:0];
  end
  end
end
// spyglass enable_block STARC-2.10.1.6, NoConstWithXZ, W443
// synopsys translate_off
// VCS coverage off
initial begin
  arreggen_dump = $test$plusargs("arreggen_dump_wr");
  arreggen_abort_on_rowr = $test$plusargs("arreggen_abort_on_rowr");
  arreggen_abort_on_invalid_wr = $test$plusargs("arreggen_abort_on_invalid_wr");
`ifdef VERILATOR
`else
  $timeformat(-9, 2, "ns", 15);
`endif
end
always @(posedge nvdla_core_clk) begin
  if (reg_wr_en) begin
    case(reg_offset)
      (32'he040 & 32'h00000fff): if (arreggen_dump) $display("%t:%m: reg wr: NVDLA_CDP_RDMA_D_CYA_0 = 0x%h (old value: 0x%h, 0x%b))", $time, reg_wr_data, nvdla_cdp_rdma_d_cya_0_out, nvdla_cdp_rdma_d_cya_0_out);
      (32'he014 & 32'h00000fff): if (arreggen_dump) $display("%t:%m: reg wr: NVDLA_CDP_RDMA_D_DATA_CUBE_CHANNEL_0 = 0x%h (old value: 0x%h, 0x%b))", $time, reg_wr_data, nvdla_cdp_rdma_d_data_cube_channel_0_out, nvdla_cdp_rdma_d_data_cube_channel_0_out);
      (32'he010 & 32'h00000fff): if (arreggen_dump) $display("%t:%m: reg wr: NVDLA_CDP_RDMA_D_DATA_CUBE_HEIGHT_0 = 0x%h (old value: 0x%h, 0x%b))", $time, reg_wr_data, nvdla_cdp_rdma_d_data_cube_height_0_out, nvdla_cdp_rdma_d_data_cube_height_0_out);
      (32'he00c & 32'h00000fff): if (arreggen_dump) $display("%t:%m: reg wr: NVDLA_CDP_RDMA_D_DATA_CUBE_WIDTH_0 = 0x%h (old value: 0x%h, 0x%b))", $time, reg_wr_data, nvdla_cdp_rdma_d_data_cube_width_0_out, nvdla_cdp_rdma_d_data_cube_width_0_out);
      (32'he034 & 32'h00000fff): if (arreggen_dump) $display("%t:%m: reg wr: NVDLA_CDP_RDMA_D_DATA_FORMAT_0 = 0x%h (old value: 0x%h, 0x%b))", $time, reg_wr_data, nvdla_cdp_rdma_d_data_format_0_out, nvdla_cdp_rdma_d_data_format_0_out);
      (32'he030 & 32'h00000fff): begin
          if (arreggen_dump) $display("%t:%m: read-only reg wr: NVDLA_CDP_RDMA_D_OPERATION_MODE_0 = 0x%h", $time, reg_wr_data);
          if (arreggen_abort_on_rowr) begin $display("ERROR: write to read-only register!"); $finish; end
        end
      (32'he008 & 32'h00000fff): if (arreggen_dump) $display("%t:%m: reg wr: NVDLA_CDP_RDMA_D_OP_ENABLE_0 = 0x%h (old value: 0x%h, 0x%b))", $time, reg_wr_data, nvdla_cdp_rdma_d_op_enable_0_out, nvdla_cdp_rdma_d_op_enable_0_out);
      (32'he038 & 32'h00000fff): if (arreggen_dump) $display("%t:%m: reg wr: NVDLA_CDP_RDMA_D_PERF_ENABLE_0 = 0x%h (old value: 0x%h, 0x%b))", $time, reg_wr_data, nvdla_cdp_rdma_d_perf_enable_0_out, nvdla_cdp_rdma_d_perf_enable_0_out);
      (32'he03c & 32'h00000fff): begin
          if (arreggen_dump) $display("%t:%m: read-only reg wr: NVDLA_CDP_RDMA_D_PERF_READ_STALL_0 = 0x%h", $time, reg_wr_data);
          if (arreggen_abort_on_rowr) begin $display("ERROR: write to read-only register!"); $finish; end
        end
      (32'he01c & 32'h00000fff): if (arreggen_dump) $display("%t:%m: reg wr: NVDLA_CDP_RDMA_D_SRC_BASE_ADDR_HIGH_0 = 0x%h (old value: 0x%h, 0x%b))", $time, reg_wr_data, nvdla_cdp_rdma_d_src_base_addr_high_0_out, nvdla_cdp_rdma_d_src_base_addr_high_0_out);
      (32'he018 & 32'h00000fff): if (arreggen_dump) $display("%t:%m: reg wr: NVDLA_CDP_RDMA_D_SRC_BASE_ADDR_LOW_0 = 0x%h (old value: 0x%h, 0x%b))", $time, reg_wr_data, nvdla_cdp_rdma_d_src_base_addr_low_0_out, nvdla_cdp_rdma_d_src_base_addr_low_0_out);
      (32'he02c & 32'h00000fff): begin
          if (arreggen_dump) $display("%t:%m: read-only reg wr: NVDLA_CDP_RDMA_D_SRC_COMPRESSION_EN_0 = 0x%h", $time, reg_wr_data);
          if (arreggen_abort_on_rowr) begin $display("ERROR: write to read-only register!"); $finish; end
        end
      (32'he028 & 32'h00000fff): if (arreggen_dump) $display("%t:%m: reg wr: NVDLA_CDP_RDMA_D_SRC_DMA_CFG_0 = 0x%h (old value: 0x%h, 0x%b))", $time, reg_wr_data, nvdla_cdp_rdma_d_src_dma_cfg_0_out, nvdla_cdp_rdma_d_src_dma_cfg_0_out);
      (32'he020 & 32'h00000fff): if (arreggen_dump) $display("%t:%m: reg wr: NVDLA_CDP_RDMA_D_SRC_LINE_STRIDE_0 = 0x%h (old value: 0x%h, 0x%b))", $time, reg_wr_data, nvdla_cdp_rdma_d_src_line_stride_0_out, nvdla_cdp_rdma_d_src_line_stride_0_out);
      (32'he024 & 32'h00000fff): if (arreggen_dump) $display("%t:%m: reg wr: NVDLA_CDP_RDMA_D_SRC_SURFACE_STRIDE_0 = 0x%h (old value: 0x%h, 0x%b))", $time, reg_wr_data, nvdla_cdp_rdma_d_src_surface_stride_0_out, nvdla_cdp_rdma_d_src_surface_stride_0_out);
      default: begin
          if (arreggen_dump) $display("%t:%m: reg wr: Unknown register (0x%h) = 0x%h", $time, reg_offset, reg_wr_data);
          if (arreggen_abort_on_invalid_wr) begin $display("ERROR: write to undefined register!"); $finish; end
        end
    endcase
  end
end
// VCS coverage on
// synopsys translate_on
endmodule // NV_NVDLA_CDP_RDMA_REG_dual